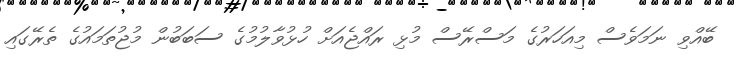
ބޭއްވި ނަމަވެސް މިއަހަރުގެ މަސްރޭސް މުޅި ރައްޖެއަށް ހުޅުވާލުމުގެ ސަބަބުން މުޖުތަމައުގެ ތެރޭގައި